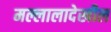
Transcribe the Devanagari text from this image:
मल्लालादेखील